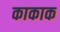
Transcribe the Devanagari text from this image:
काकाक